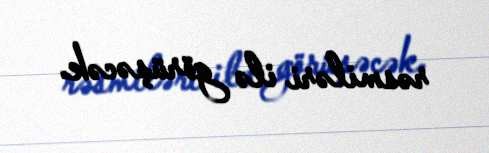
rəsmiləri ilə görüşəcək.